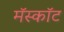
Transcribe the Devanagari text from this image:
मॅस्कॉट